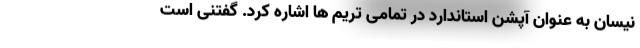
نیسان به عنوان آپشن استاندارد در تمامی تریم ها اشاره کرد. گفتنی است